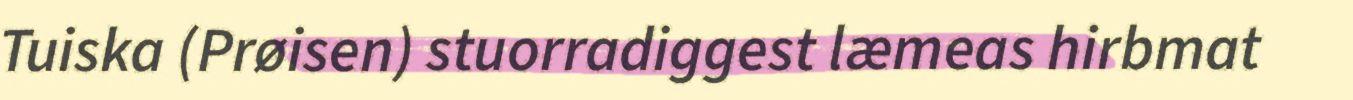
Tuiska (Prøisen) stuorradiggest læmeas hirbmat